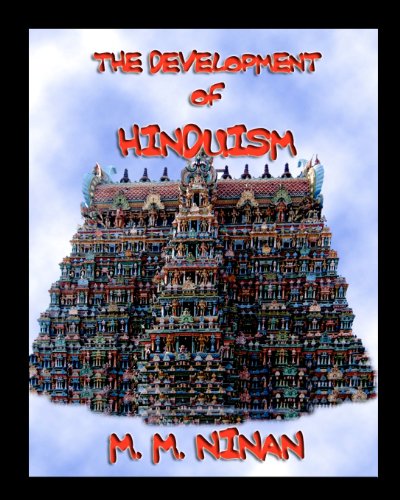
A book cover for The Development Of Hinduism; M. M. Ninan; Religion & Spirituality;